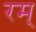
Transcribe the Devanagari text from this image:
रम्